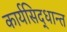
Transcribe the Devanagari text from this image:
कार्यसिद्धान्त